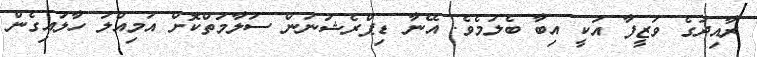
ރާއިދުގެ ވަޒީފާ އަކީ އިބާ ބެލުމެވެ. އޭނާ ޑިޕްރެޝަނުން ސަލާމަތްކޮށް އަމިއްލަ ހާލައިގެން